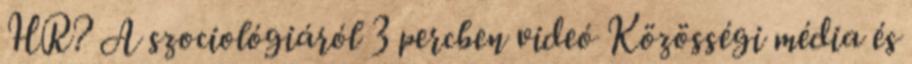
HR? A szociológiáról 3 percben videó Közösségi média és